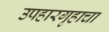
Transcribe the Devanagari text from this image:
उपहारगृहाचा